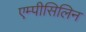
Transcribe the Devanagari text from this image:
एम्पीसिलिन